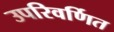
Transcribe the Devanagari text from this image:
उपरिवर्णित